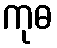
ကုဓ